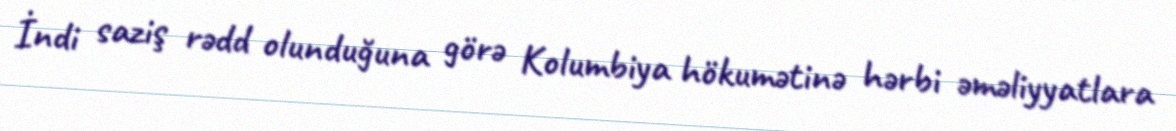
İndi saziş rədd olunduğuna görə Kolumbiya hökumətinə hərbi əməliyyatlara